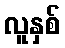
လူနှစ်